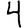
Digit: 4